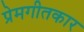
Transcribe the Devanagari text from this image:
प्रेमगीतकार